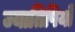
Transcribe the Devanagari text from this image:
ज्यातिषियों